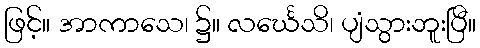
ဖြင့်။ အာကာသေ၊ ၌။ လင်္ဃေသိ၊ ပျံသွားဘူးပြီ။